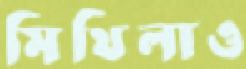
মিথিলাও